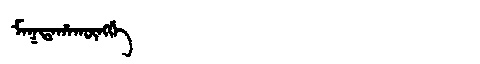
Manchu: ᠮᠠᡴᡨᠠᡥᠠᡴᡡᠩᡤᡝ
Romanization: MAKTAHAKŪNGGE